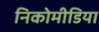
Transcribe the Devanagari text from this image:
निकोमीडिया